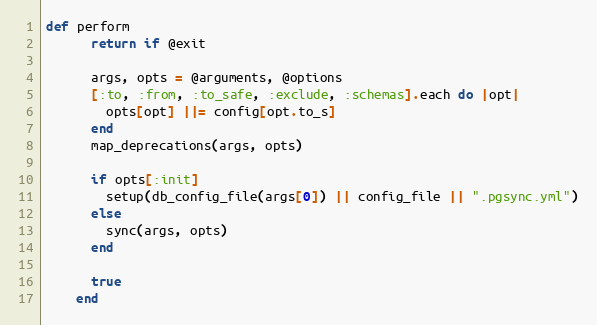
Language: Ruby
def perform
      return if @exit

      args, opts = @arguments, @options
      [:to, :from, :to_safe, :exclude, :schemas].each do |opt|
        opts[opt] ||= config[opt.to_s]
      end
      map_deprecations(args, opts)

      if opts[:init]
        setup(db_config_file(args[0]) || config_file || ".pgsync.yml")
      else
        sync(args, opts)
      end

      true
    end